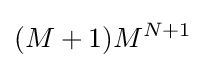
(M+1)M^{N+1}